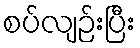
စပ်လျဉ်းပြီး